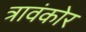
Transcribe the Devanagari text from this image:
त्रावंकोर